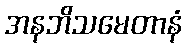
အနဘိသမေတာနံ